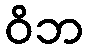
ဝိဘ